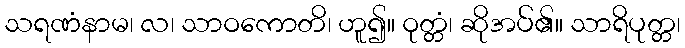
သရဏံနာမ၊ လ၊ သာဝကောတိ၊ ဟူ၍။ ဝုတ္တံ၊ ဆိုအပ်၏။ သာရိပုတ္တ၊